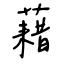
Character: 藉